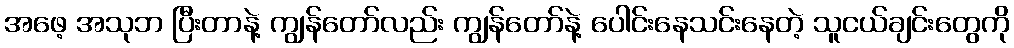
အဖေ့ အသုဘ ပြီးတာနဲ့ ကျွန်တော်လည်း ကျွန်တော်နဲ့ ပေါင်းနေသင်းနေတဲ့ သူငယ်ချင်းတွေကို